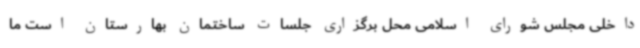
داخلی مجلس شورای اسلامی محل برگزاری جلسات ساختمان بهارستان است ما